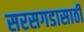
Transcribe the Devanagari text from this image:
सरसगडासाठी